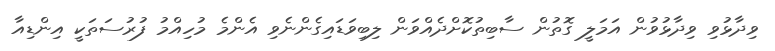
ވިދާޅުވި ވިދާޅުވުން އަމަލީ ގޮތުން ސާބިތުކޮށްދެއްވަން ލިބިވަޑައިގެންނެވި އެންމެ މުހިއްމު ފުރުސަތަކީ އިންޑިއާ